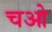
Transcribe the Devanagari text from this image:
चओ